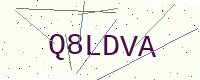
Text: Q8LDVA